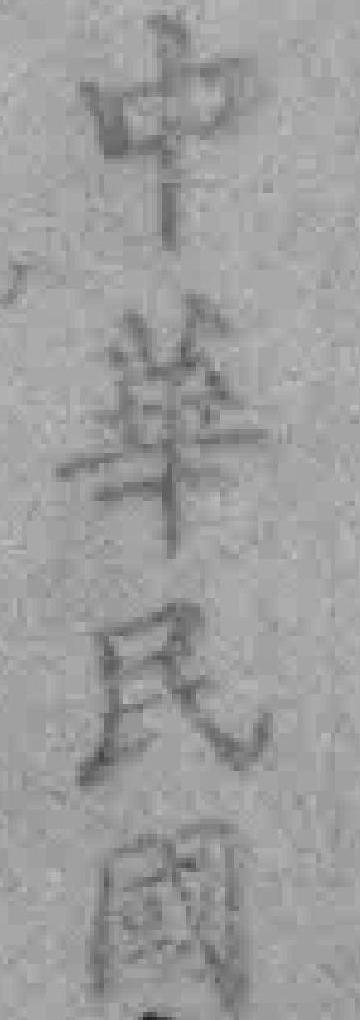
中華民國